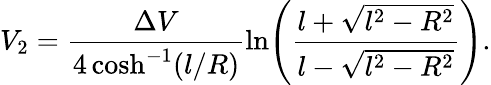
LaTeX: V_{2}=\frac{\Delta V}{4\cosh^{-1}(l/R)}\ln\! \left(\frac{l+\sqrt{l^{2}-R^{2}}}{l-\sqrt{l^{2}-R^{2}}}\right).